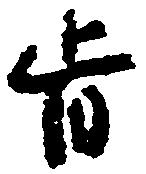
旨